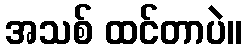
အသစ် ထင်တာပဲ။